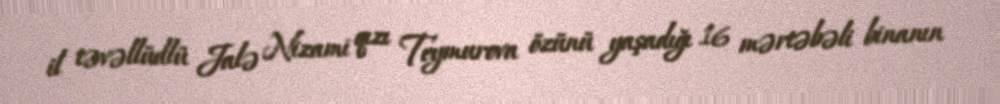
il təvəllüdlü Jalə Nizami qızı Teymurova özünü yaşadığı 16 mərtəbəli binanın